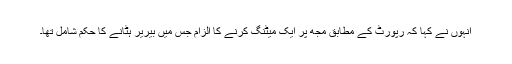
انہوں نے کہا کہ رپورٹ کے مطابق مجھ پر ایک میٹنگ کرنے کا الزام جس میں بیریر ہٹانے کا حکم شامل تھا۔